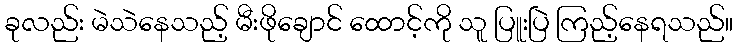
ခုလည်း မဲသဲနေသည့် မီးဖိုချောင် ထောင့်ကို သူ ပြူးပြဲ ကြည့်နေရသည်။